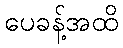
ပေခန့်အထိ